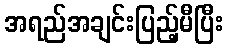
အရည်အချင်းပြည့်မီပြီး